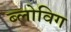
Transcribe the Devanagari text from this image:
ब्‍लोविग